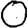
Digit: 0